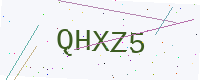
Text: QHXZ5